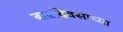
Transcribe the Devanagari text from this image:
बाढदिवसाच्या